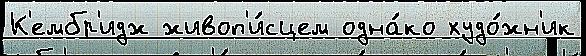
К'ембр'идж живоп'и́сцем одна́ко худо́жн'ик